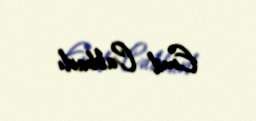
Emil Cabbarlı